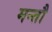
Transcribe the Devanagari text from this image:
मन्तौ